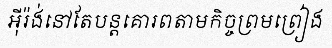
អ៊ីរ៉ង់នៅតែបន្តគោរពតាមកិច្ចព្រមព្រៀង